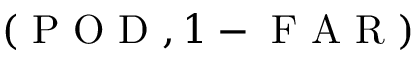
( \mathrm { ~ P ~ O ~ D ~ } , 1 - \mathrm { ~ F ~ A ~ R ~ } )